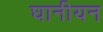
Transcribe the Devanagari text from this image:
घानीयन